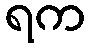
ရက